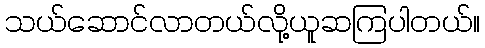
သယ်ဆောင်လာတယ်လို့ယူဆကြပါတယ်။